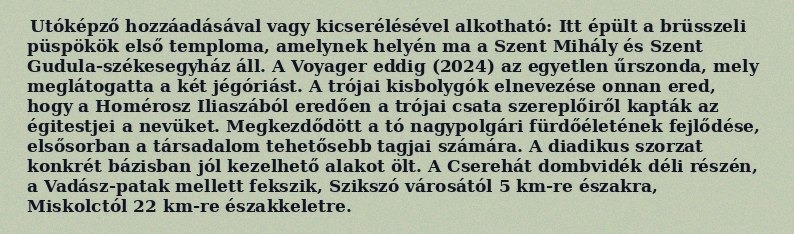
Utóképző hozzáadásával vagy kicserélésével alkotható: Itt épült a brüsszeli püspökök első temploma, amelynek helyén ma a Szent Mihály és Szent Gudula-székesegyház áll. A Voyager eddig (2024) az egyetlen űrszonda, mely meglátogatta a két jégóriást. A trójai kisbolygók elnevezése onnan ered, hogy a Homérosz Iliaszából eredően a trójai csata szereplőiről kapták az égitestjei a nevüket. Megkezdődött a tó nagypolgári fürdőéletének fejlődése, elsősorban a társadalom tehetősebb tagjai számára. A diadikus szorzat konkrét bázisban jól kezelhető alakot ölt. A Cserehát dombvidék déli részén, a Vadász-patak mellett fekszik, Szikszó városától 5 km-re északra, Miskolctól 22 km-re északkeletre.